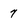
Character: 7